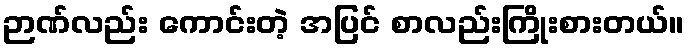
ဉာဏ်လည်း ကောင်းတဲ့ အပြင် စာလည်းကြိုးစားတယ်။